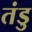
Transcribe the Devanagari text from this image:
तंडु